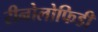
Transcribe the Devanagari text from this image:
रीनोलोफिडी